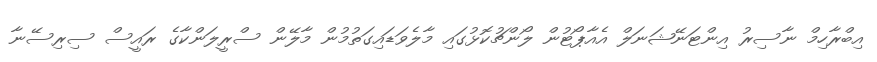
އިބްރާހިމް ނާސިރު އިންޓަނޭޝަނަލް އެއާޕޯޓުން ލޯންޗުކޮޅުގައި މާލެވަޑައިގަތުމުން މާލޭން ސްރީލަންކާގެ ރައީސް ސިރިސޭނާ